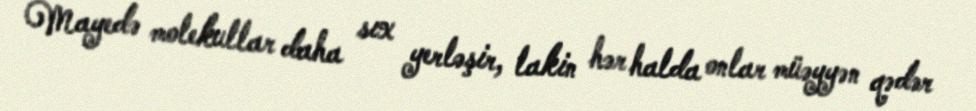
Mayedə molekullar daha sıx yerləşir, lakin hər halda onlar müəyyən qədər